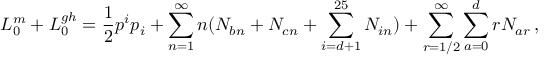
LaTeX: L _ { 0 } ^ { m } + L _ { 0 } ^ { g h } = \frac { 1 } { 2 } p ^ { i } p _ { i } + \sum _ { n = 1 } ^ { \infty } n ( N _ { b n } + N _ { c n } + \sum _ { i = d + 1 } ^ { 2 5 } N _ { i n } ) + \sum _ { r = 1 / 2 } ^ { \infty } \sum _ { a = 0 } ^ { d } r N _ { a r } \, ,